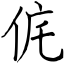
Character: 侂